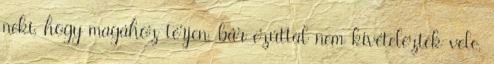
neki, hogy magához térjen, bár ezúttal nem kivételeztek vele,